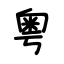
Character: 粤